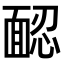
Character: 𩈢